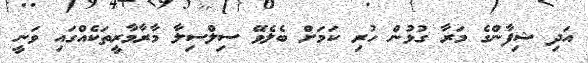
އަދި ޝިފާންގެ މަރާ ގުޅުން ހުރި ކަމަށް ބެލެވޭ ސިލްސިލާ މާރާމާރީތަކެއްގައި ވަނީ